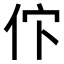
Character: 𬽸